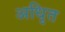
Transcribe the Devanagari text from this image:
अधिृत